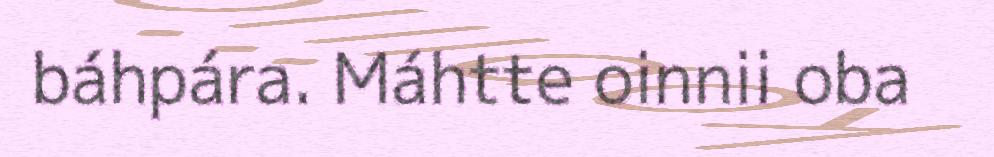
báhpára. Máhtte oinnii oba